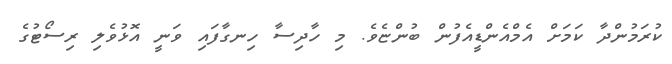
ކުރަމުންދާ ކަމަށް އެމްއެންޑީއެފުން ބުންޏެވެ. މި ހާދިސާ ހިނގާފައި ވަނީ އޮޅުވެލި ރިސޯޓުގެ